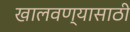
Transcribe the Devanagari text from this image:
खालवण्यासाठी